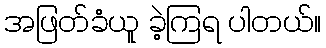
အဖြတ်ခံယူ ခဲ့ကြရ ပါတယ်။